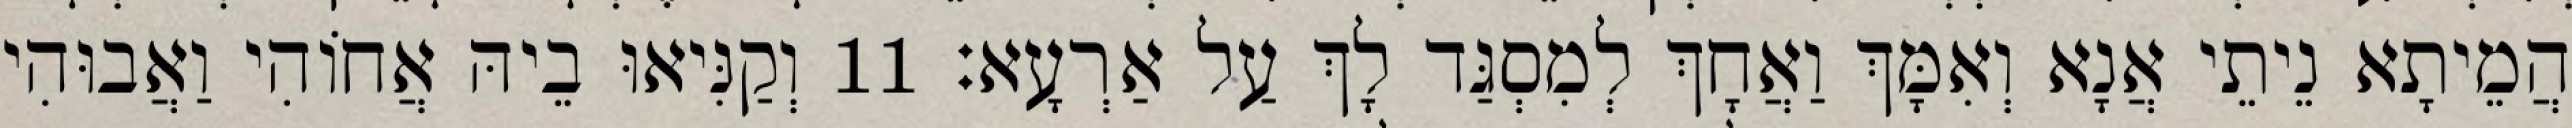
הֲמֵיתָא נֵיתֵי אֲנָא וְאִמָּךְ וַאֲחָךְ לְמִסְגַּד לָךְ עַל אַרְעָא׃ 11 וְקַנִּיאוּ בֵיהּ אֲחוֹהִי וַאֲבוּהִי